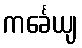
ကင်္ခေယျ